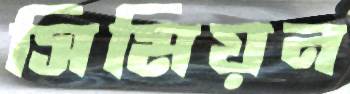
সিমিয়ন